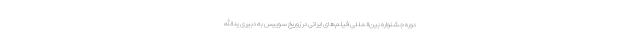
دوره جشنواره بین‌المللی فیلم‌های ایرانی در زوریخ سوییس به دبیری یدالله